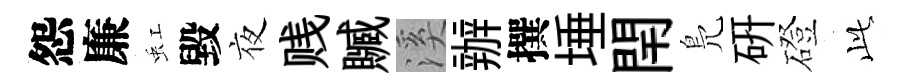
怨廉虹毀夜贱贓溪辦撰埵閈鳬研磴𬼘